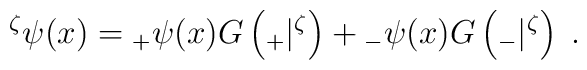
{}^\zeta \psi (x)={}_{+}\psi (x)G\left( {}_{+}|{}^\zeta \right) +{}_{-}\psi(x)G\left( {}_{-}|{}^\zeta \right) \;.